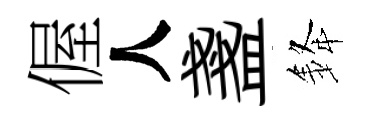
偓人盞𨦟